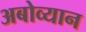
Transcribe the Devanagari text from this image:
अबोव्यान